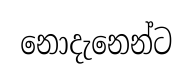
නොදැනෙන්ට